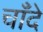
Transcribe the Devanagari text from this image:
चाँदे